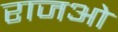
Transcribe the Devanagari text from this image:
राजओ